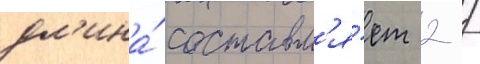
дл'ина́ составл'я́ет 2 /